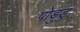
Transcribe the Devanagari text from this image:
पोड़ुडु